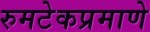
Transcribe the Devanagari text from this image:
रुमटेकप्रमाणे